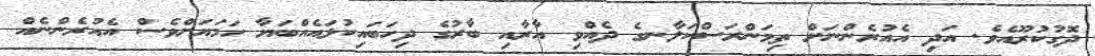
ދޮގުކުރޫއެވެ. އަދި އެއުރެންނަށް ތިމަންރަސްކަލާނގެ ދެއްވި އާރާއި ބާރުގެ ދިހަބައިކުޅައެއްބަޔާ ހަމަޔަށްވެސް އެއުރެންނެއް